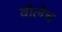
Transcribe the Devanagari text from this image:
वोलेच